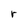
Character: r